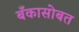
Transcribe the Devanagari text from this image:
बँकासोबत